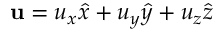
\mathbf { u } = u _ { x } \hat { x } + u _ { y } \hat { y } + u _ { z } \hat { z }